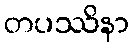
တပဿိနာ